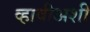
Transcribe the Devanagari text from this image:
व्हावीअशी